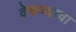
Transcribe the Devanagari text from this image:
वेचण्याचा